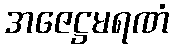
အဇေဋ္ဌမရဏံ